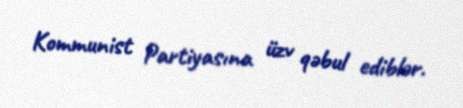
Kommunist Partiyasına üzv qəbul ediblər.